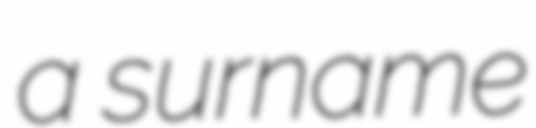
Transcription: a surname